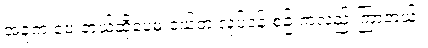
အခုက ပေးတယ်ဆိုပေမဲ့ ဝယ်တဲ့ လုပ်ငန်းစဉ် ကလည်းကြာတယ်။